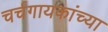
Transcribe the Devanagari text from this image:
चर्चगायकांच्या